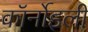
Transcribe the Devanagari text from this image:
कॉर्नोइली